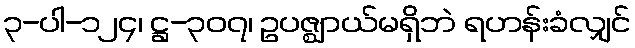
၃-ပါ-၁၂၄၊ ဋ္ဌ-၃၀၇၊ ဥပဇ္ဈာယ်မရှိဘဲ ရဟန်းခံလျှင်